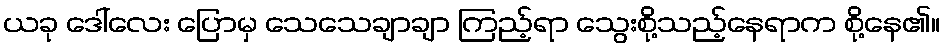
ယခု ဒေါ်လေး ပြောမှ သေသေချာချာ ကြည့်ရာ သွေးစို့သည့်နေရာက စို့နေ၏။